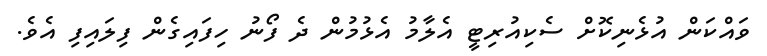
ވައްކަން އުޅެނިކޮށް ސެކިއުރިޓީ އެލާާމު އެޅުމުން ދެ ފޯނު ހިފައިގެން ފިލައިފި އެވެ.